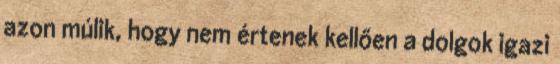
azon múlik, hogy nem értenek kellően a dolgok igazi